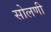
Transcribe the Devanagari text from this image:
सोलणी